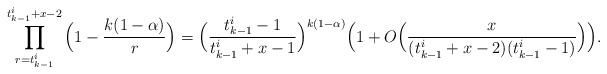
\begin{align*}\prod_{r=t^i_{k-1}}^{t^i_{k-1}+x-2}\Big(1-\frac{k(1-\alpha)}{r}\Big)=\Big(\frac{t^i_{k-1}-1}{t^i_{k-1}+x-1}\Big)^{k(1-\alpha)} \Big(1+O\Big(\frac{x}{(t^i_{k-1}+x-2)(t^i_{k-1}-1)}\Big)\Big).\end{align*}